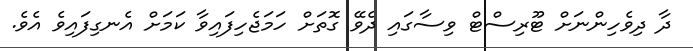
ދާ ދިވެހިންނަށް ޓޫރިސްޓް ވިސާގައި ދެވޭ ގޮތަށް ހަމަޖެހިފައިވާ ކަމަށް އެނގިފައިވެ އެވެ.